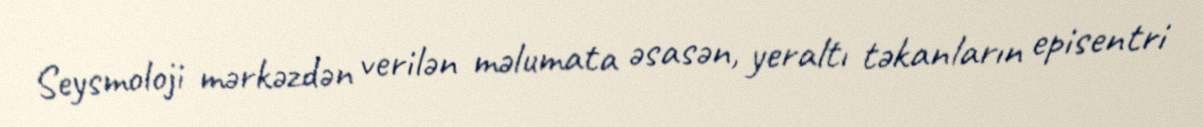
Seysmoloji mərkəzdən verilən məlumata əsasən, yeraltı təkanların episentri